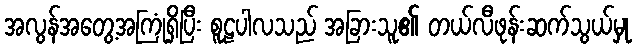
အလွန်အတွေ့အကြုံရှိပြီး စူဠပါလသည် အခြားသူ၏ တယ်လီဖုန်းဆက်သွယ်မှု